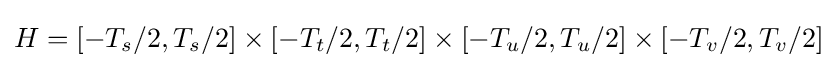
H=[-T_{s}/2,T_{s}/2]\times [-T_{t}/2,T_{t}/2]\times [-T_{u}/2,T_{u}/2]\times [-T_{v}/2,T_{v}/2]